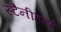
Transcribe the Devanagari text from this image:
स्टैनीहर्स्ट